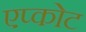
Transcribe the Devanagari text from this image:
एप्कोट